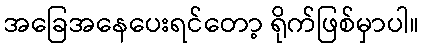
အခြေအနေပေးရင်တော့ ရိုက်ဖြစ်မှာပါ။